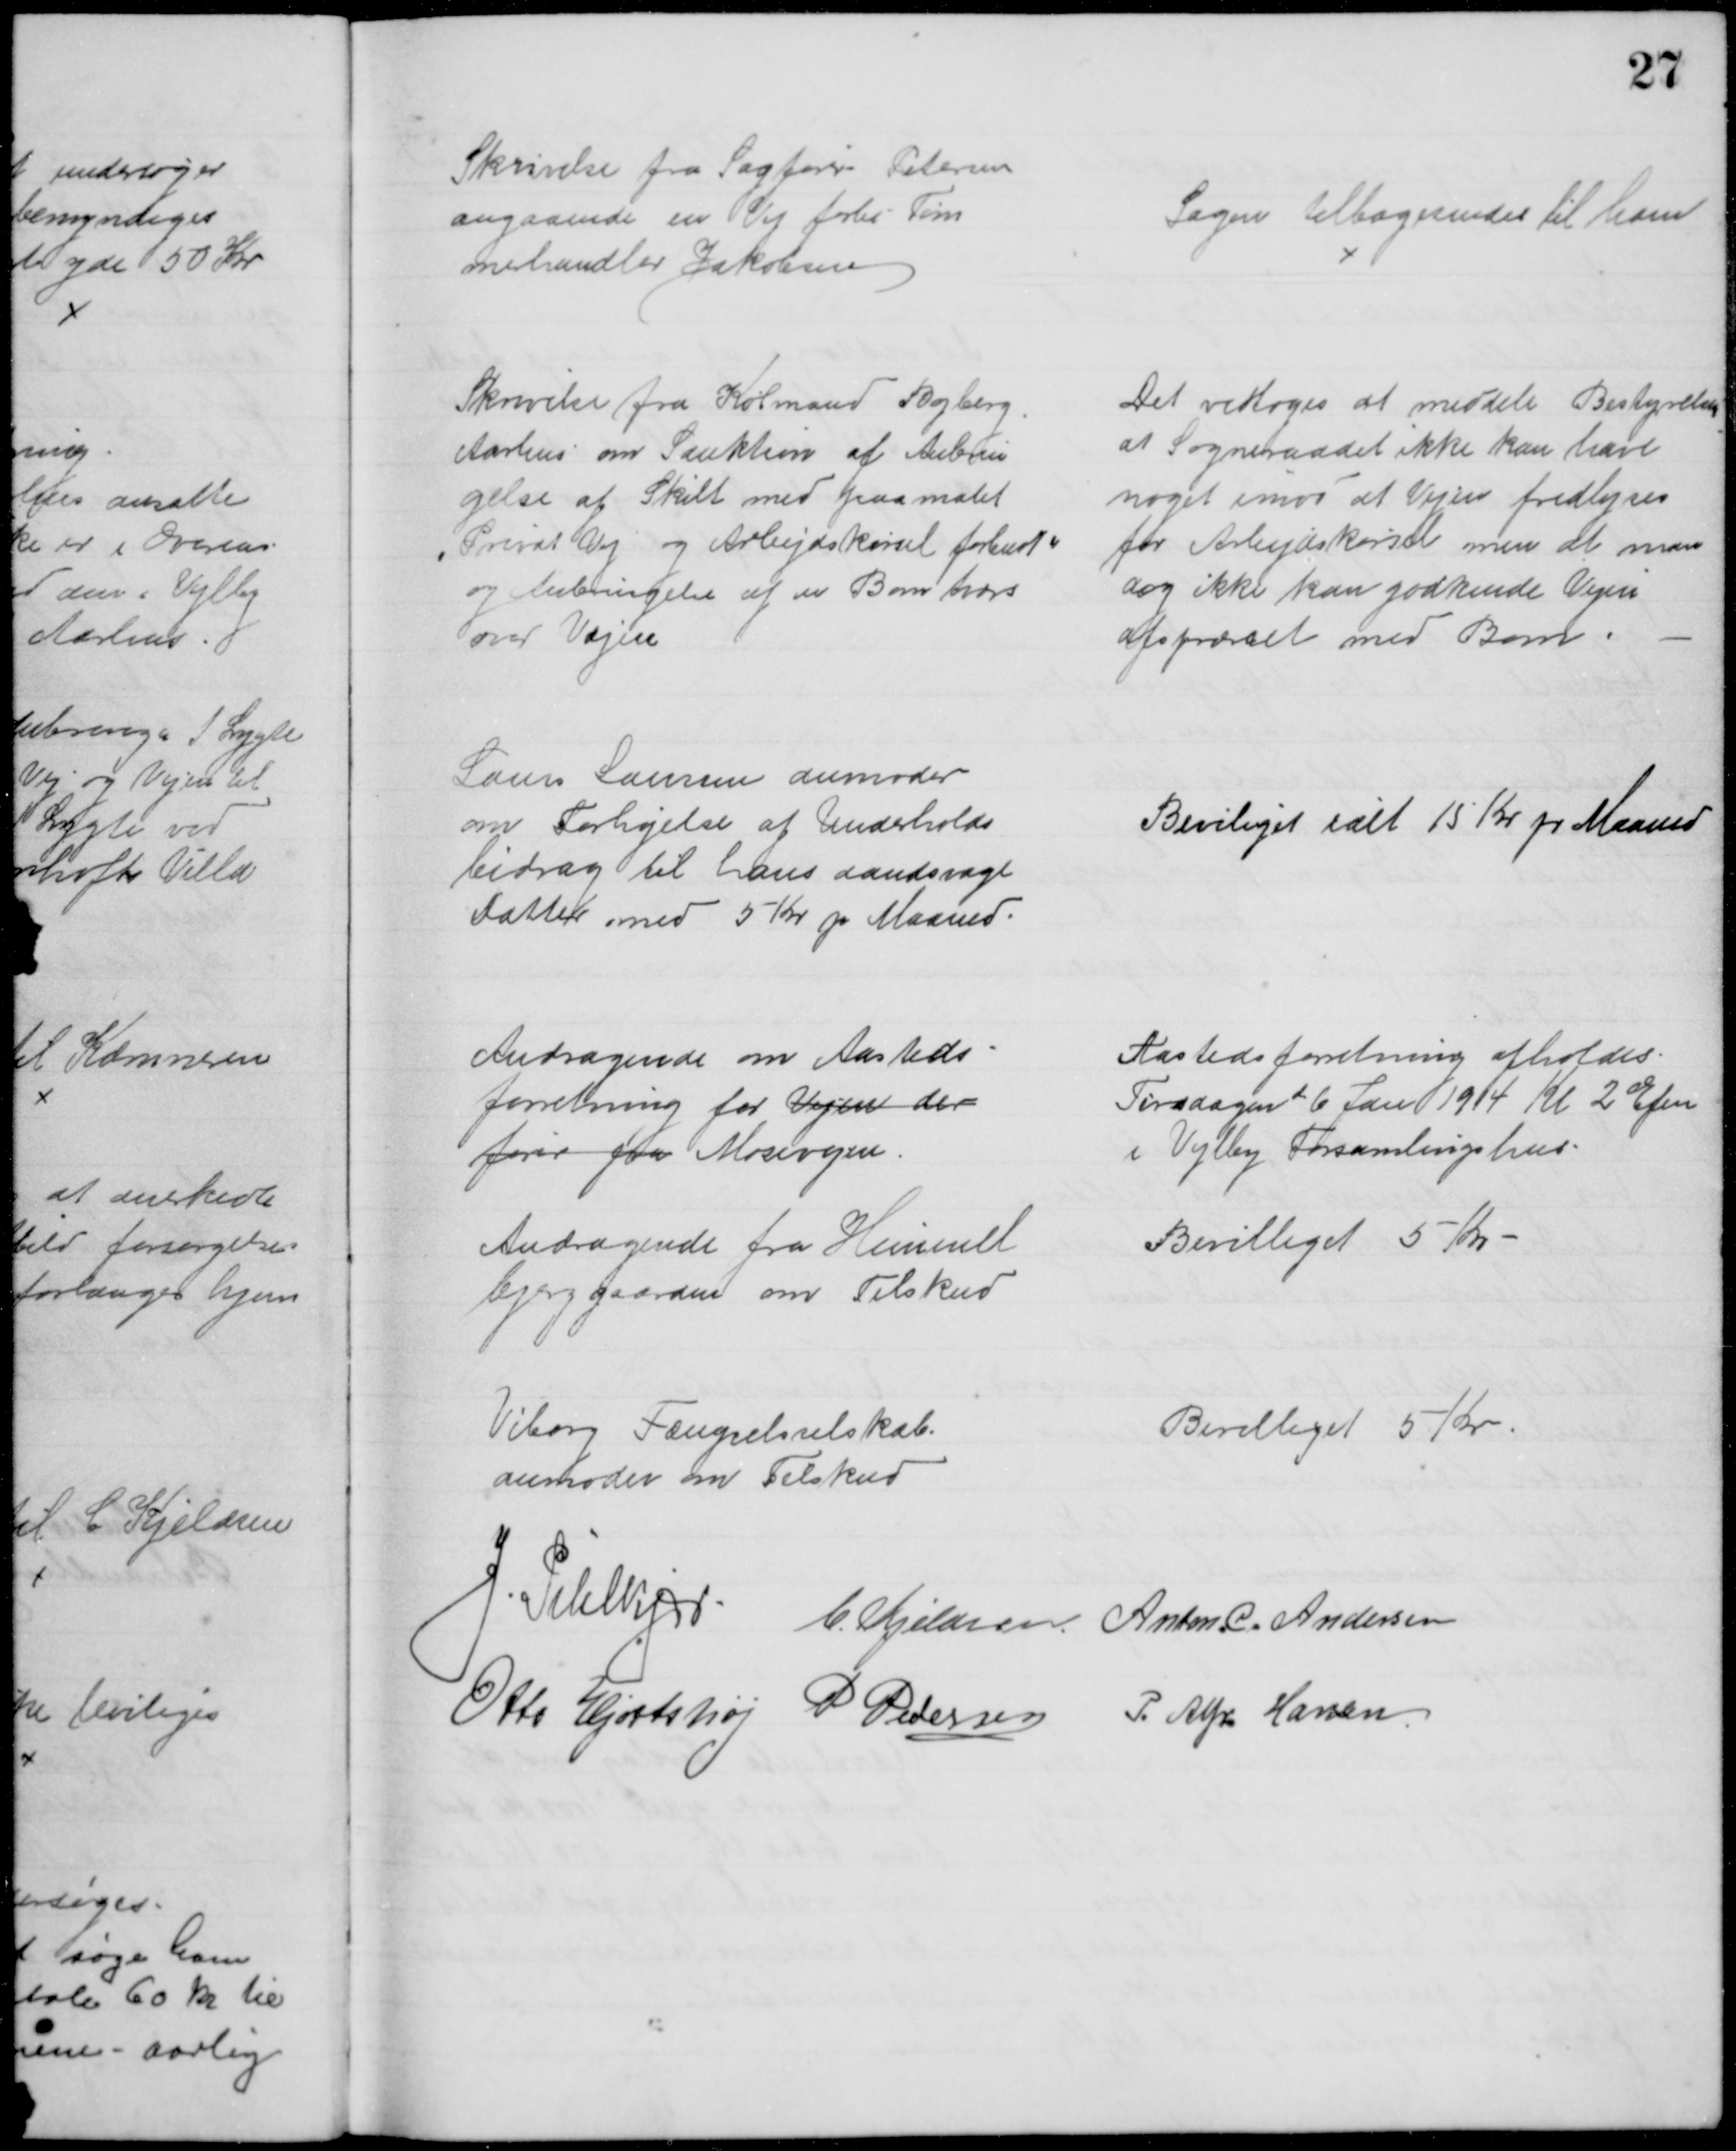
Transskription:
Skrivelse fra Sagfører Petersen
angaaende en Vej forbi Tøm
merhandler Jakobsen
Sagen tilbagesendes til ham
Skrivelse fra Købmand Byberg
Aarhus om Sanktion af Anbrin
gelse af Skilt med paamalet
" Privat Vej og Arbejdskørsel forbudt"
og Anbringelse af en Bom tværs
over Vejen
Det vedtoges at meddele Bestyrelsen
af Sogneraadet ikke kan have
noget imod at Vejen fredlyses
for Arbejdskørsel men at man
dog ikke kan godkende Vejen
afspærret med Bom.
Laurs Laursen anmoder
om Forhøjelse af Underholds
bidrag til hans aandsvage
Datter med 5 Kr pr Maaned.
Beviliget ialt 15 Kr pr Maaned
Andragende om Aasteds
forretning for Vejen der
fører fra Mosevejen.
Aastedsforretning afholdes
Tirsdagen 
d
6 Jan 1914 Kl. 2 Efm
i Vejlby Forsamlingshus.
Andragende fra Himmel
bjerggaarden om Tilskud
Bevilliget 5 Kr.
Viborg Fængselsselskab.
anmoder om Tilskud
Bevilliget 5 Kr.
J. Pihlkjær C. Kjeldsen Anton. C. Andersen
Otto Hjortshøj P Pedersen P. Alfr. Hansen